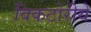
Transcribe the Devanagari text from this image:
विकटोरीये